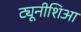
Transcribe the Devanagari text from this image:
ट्यूनीशिआ